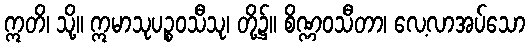
ဣတိ၊ သို့။ ဣမာသုပဉ္စဝသီသု၊ တို့၌။ စိဏ္ဏဝသီတာ၊ လေ့လာအပ်သော